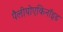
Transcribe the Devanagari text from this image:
पैलीयोएकिनॉइड